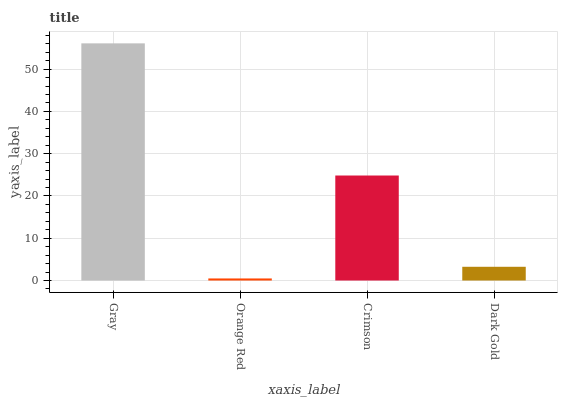
| xaxis_label | bars |
 | --- | --- |
 | Gray | 56.1 |
 | Orange Red | 0.489 |
 | Crimson | 24.8 |
 | Dark Gold | 3.25 |